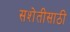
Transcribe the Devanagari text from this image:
सशेतीसाठी